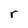
Character: r